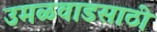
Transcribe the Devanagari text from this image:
उमळवाडसाठी